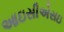
આઇસીએસઇ